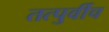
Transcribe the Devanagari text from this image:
तत्पुर्वीच